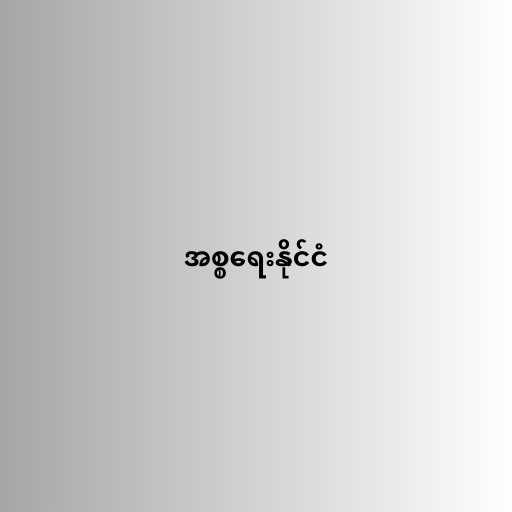
အစ္စရေးနိုင်ငံ